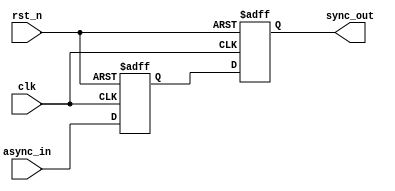
module dual_ff_synchronizer (
    input wire async_in,   // Asynchronous input signal
    input wire clk,        // Clock signal
    input wire rst_n,      // Active low reset signal
    output reg sync_out    // Synchronized output signal
);

// Internal signals
reg intermediate_sync;    // Intermediate signal from the first flip-flop

// First flip-flop (FF1)
always @(posedge clk or negedge rst_n) begin
    if (!rst_n) begin
        intermediate_sync <= 1'b0; // Reset state
    end else begin
        intermediate_sync <= async_in; // Capture async input
    end
end

// Second flip-flop (FF2)
always @(posedge clk or negedge rst_n) begin
    if (!rst_n) begin
        sync_out <= 1'b0; // Reset state
    end else begin
        sync_out <= intermediate_sync; // Capture intermediate signal
    end
end

endmodule